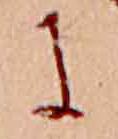
に